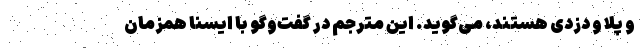
و پلا و دزدی هستند، می‌گوید. این مترجم در گفت‌وگو با ایسنا همزمان